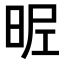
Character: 𣆓